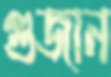
গুজান